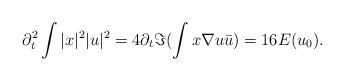
LaTeX: \begin{align*}\partial_{t}^{2}\int |x|^{2}|u|^{2}=4\partial_{t}\Im(\int x\nabla u \bar{u})=16E(u_{0}).\end{align*}